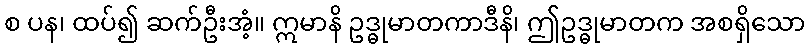
စ ပန၊ ထပ်၍ ဆက်ဦးအံ့။ ဣမာနိ ဥဒ္ဓုမာတကာဒီနိ၊ ဤဥဒ္ဓုမာတက အစရှိသော